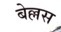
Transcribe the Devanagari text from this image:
बेल्लस